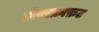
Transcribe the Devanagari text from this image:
होवरक्राफ़ट